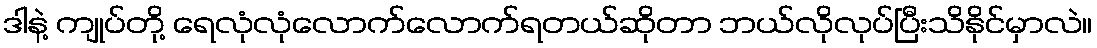
ဒါနဲ့ ကျုပ်တို့ ရေလုံလုံလောက်လောက်ရတယ်ဆိုတာ ဘယ်လိုလုပ်ပြီးသိနိုင်မှာလဲ။